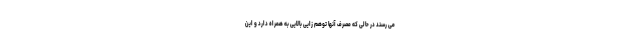
می رسند در حالی که مصرف آنها توهم زایی بالایی به همراه دارد و این